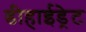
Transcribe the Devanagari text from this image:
डीहाईड्रेट